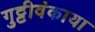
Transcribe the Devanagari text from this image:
गुट्टीवंकाया